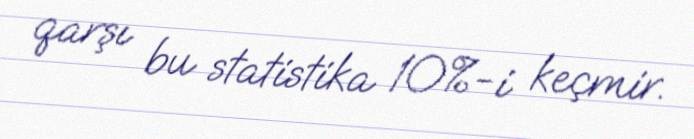
qarşı bu statistika 10%-i keçmir.